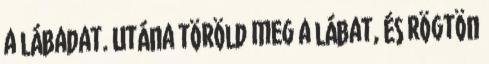
a lábadat. Utána töröld meg a lábat, és rögtön